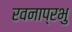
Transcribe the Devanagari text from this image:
रवनाप्रभु